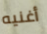
أغنيه